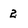
Character: 2